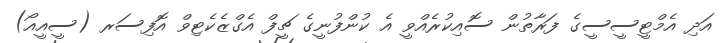
އަދި އެމްޓީސީސީގެ ފަރާތުން ސޮއިކުރެއްވީ އެ ކުންފުނީގެ ޗީފް އެގްޒެކެޓިވް އޮފިސަރ (ސީއީއޯ)